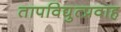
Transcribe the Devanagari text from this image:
तापविद्युत्प्रवाह